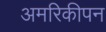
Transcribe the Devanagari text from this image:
अमरिकीपन